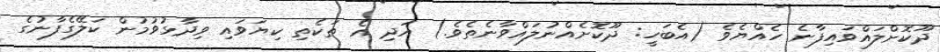
ދޫކޮށްލައްވައިފާނެ ހެއްޔެވެ (އެބަހީ: ދޫކޮށެއްނުލައްވާނެތެވެ.) އަދި އެ ތަކެތި ކިޔަވައި ވިދާޅުވުމުން ކަލޭގެފާނުގެ